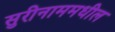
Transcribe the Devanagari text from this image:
सुरीनाममधील